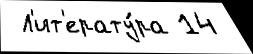
 Л'ит'ерату́ра 14